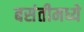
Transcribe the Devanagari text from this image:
बसंतीमध्ये